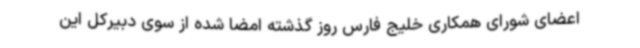
اعضای شورای همکاری خلیج فارس روز گذشته امضا شده از سوی دبیرکل این